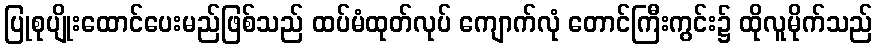
ပြုစုပျိုးထောင်ပေးမည်ဖြစ်သည် ထပ်မံထုတ်လုပ် ကျောက်လုံ တောင်ကြီးကွင်း၌ ထိုလူမိုက်သည်